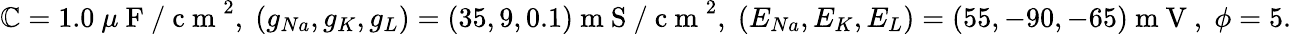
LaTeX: \mathbb{C}=1.0~\mu\mathrm{{~F~/~c~m~}}^{2},\; (g_{Na},g_{K},g_{L})=(35,9,0.1)\mathrm{{~m~S~/~c~m~}}^{2},\; (E_{Na},E_{K},E_{L})=(55,-90,-65)\mathrm{{~m~V~}},\; \phi=5.